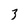
Character: 3